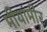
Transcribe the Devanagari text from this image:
मीयांमीर